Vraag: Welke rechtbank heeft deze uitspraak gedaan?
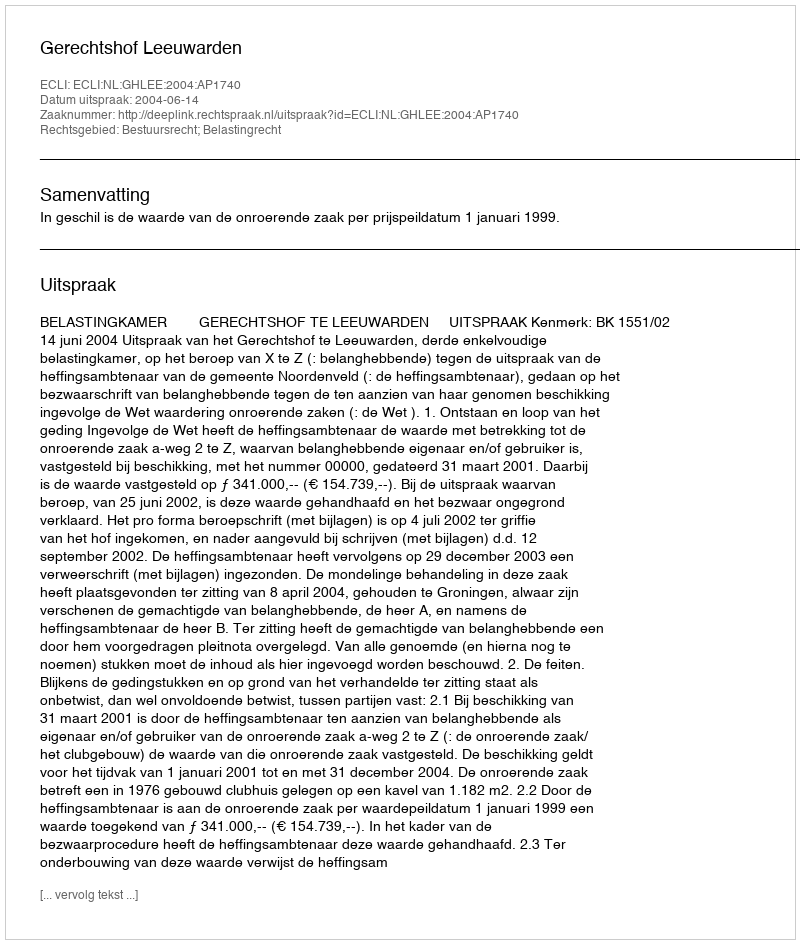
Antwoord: Gerechtshof Leeuwarden